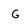
Character: G